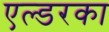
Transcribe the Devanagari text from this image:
एल्डरका